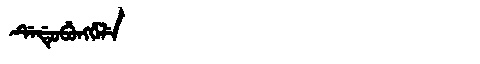
Manchu: ᡩᡝᡩᡠᠪᡠᠩᡤᡝᠯᡝ
Romanization: DEDUBUNGGELE